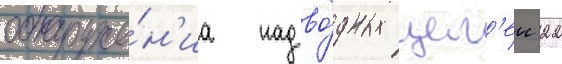
обнаруже́н'иа надво́дных цел'еи 22